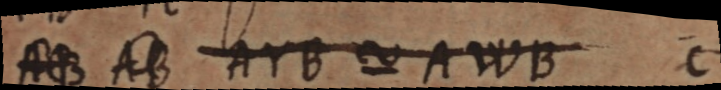
AB AB AYB ~ AWB C